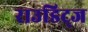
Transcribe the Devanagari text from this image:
राउडिट्ज